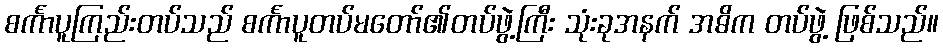
စင်္ကာပူကြည်းတပ်သည် စင်္ကာပူတပ်မတော်၏တပ်ဖွဲ့ကြီး သုံးခုအနက် အဓိက တပ်ဖွဲ့ ဖြစ်သည်။